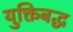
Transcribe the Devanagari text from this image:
युक्तिबद्ध